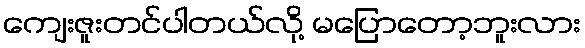
ကျေးဇူးတင်ပါတယ်လို့ မပြောတော့ဘူးလား